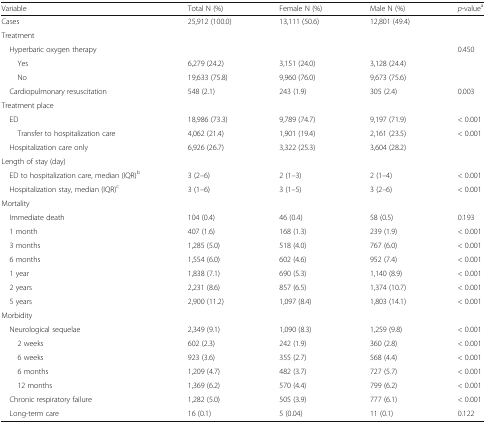
<table><thead><tr><td><b>Variable</b></td><td><b>Total N (%)</b></td><td><b>Female N (%)</b></td><td><b>Male N (%)</b></td><td><b><i>p</i>-value<sup>a</sup></b></td></tr></thead><tbody><tr><td>Cases</td><td>25,912 (100.0)</td><td>13,111 (50.6)</td><td>12,801 (49.4)</td><td></td></tr><tr><td colspan="5">Treatment</td></tr><tr><td> Hyperbaric oxygen therapy</td><td></td><td></td><td></td><td>0.450</td></tr><tr><td>Yes</td><td>6,279 (24.2)</td><td>3,151 (24.0)</td><td>3,128 (24.4)</td><td></td></tr><tr><td>No</td><td>19,633 (75.8)</td><td>9,960 (76.0)</td><td>9,673 (75.6)</td><td></td></tr><tr><td> Cardiopulmonary resuscitation</td><td>548 (2.1)</td><td>243 (1.9)</td><td>305 (2.4)</td><td>0.003</td></tr><tr><td colspan="5">Treatment place</td></tr><tr><td> ED</td><td>18,986 (73.3)</td><td>9,789 (74.7)</td><td>9,197 (71.9)</td><td>&lt; 0.001</td></tr><tr><td>Transfer to hospitalization care</td><td>4,062 (21.4)</td><td>1,901 (19.4)</td><td>2,161 (23.5)</td><td>&lt; 0.001</td></tr><tr><td> Hospitalization care only</td><td>6,926 (26.7)</td><td>3,322 (25.3)</td><td>3,604 (28.2)</td><td></td></tr><tr><td colspan="5">Length of stay (day)</td></tr><tr><td> ED to hospitalization care, median (IQR)<sup>b</sup></td><td>3 (2–6)</td><td>2 (1–3)</td><td>2 (1–4)</td><td>&lt; 0.001</td></tr><tr><td> Hospitalization stay, median (IQR)<sup>c</sup></td><td>3 (1–6)</td><td>3 (1–5)</td><td>3 (2–6)</td><td>&lt; 0.001</td></tr><tr><td colspan="5">Mortality</td></tr><tr><td> Immediate death</td><td>104 (0.4)</td><td>46 (0.4)</td><td>58 (0.5)</td><td>0.193</td></tr><tr><td> 1 month</td><td>407 (1.6)</td><td>168 (1.3)</td><td>239 (1.9)</td><td>&lt; 0.001</td></tr><tr><td> 3 months</td><td>1,285 (5.0)</td><td>518 (4.0)</td><td>767 (6.0)</td><td>&lt; 0.001</td></tr><tr><td> 6 months</td><td>1,554 (6.0)</td><td>602 (4.6)</td><td>952 (7.4)</td><td>&lt; 0.001</td></tr><tr><td> 1 year</td><td>1,838 (7.1)</td><td>690 (5.3)</td><td>1,140 (8.9)</td><td>&lt; 0.001</td></tr><tr><td> 2 years</td><td>2,231 (8.6)</td><td>857 (6.5)</td><td>1,374 (10.7)</td><td>&lt; 0.001</td></tr><tr><td> 5 years</td><td>2,900 (11.2)</td><td>1,097 (8.4)</td><td>1,803 (14.1)</td><td>&lt; 0.001</td></tr><tr><td colspan="5">Morbidity</td></tr><tr><td> Neurological sequelae</td><td>2,349 (9.1)</td><td>1,090 (8.3)</td><td>1,259 (9.8)</td><td>&lt; 0.001</td></tr><tr><td>2 weeks</td><td>602 (2.3)</td><td>242 (1.9)</td><td>360 (2.8)</td><td>&lt; 0.001</td></tr><tr><td>6 weeks</td><td>923 (3.6)</td><td>355 (2.7)</td><td>568 (4.4)</td><td>&lt; 0.001</td></tr><tr><td>6 months</td><td>1,209 (4.7)</td><td>482 (3.7)</td><td>727 (5.7)</td><td>&lt; 0.001</td></tr><tr><td>12 months</td><td>1,369 (6.2)</td><td>570 (4.4)</td><td>799 (6.2)</td><td>&lt; 0.001</td></tr><tr><td> Chronic respiratory failure</td><td>1,282 (5.0)</td><td>505 (3.9)</td><td>777 (6.1)</td><td>&lt; 0.001</td></tr><tr><td> Long-term care</td><td>16 (0.1)</td><td>5 (0.04)</td><td>11 (0.1)</td><td>0.122</td></tr></tbody></table>